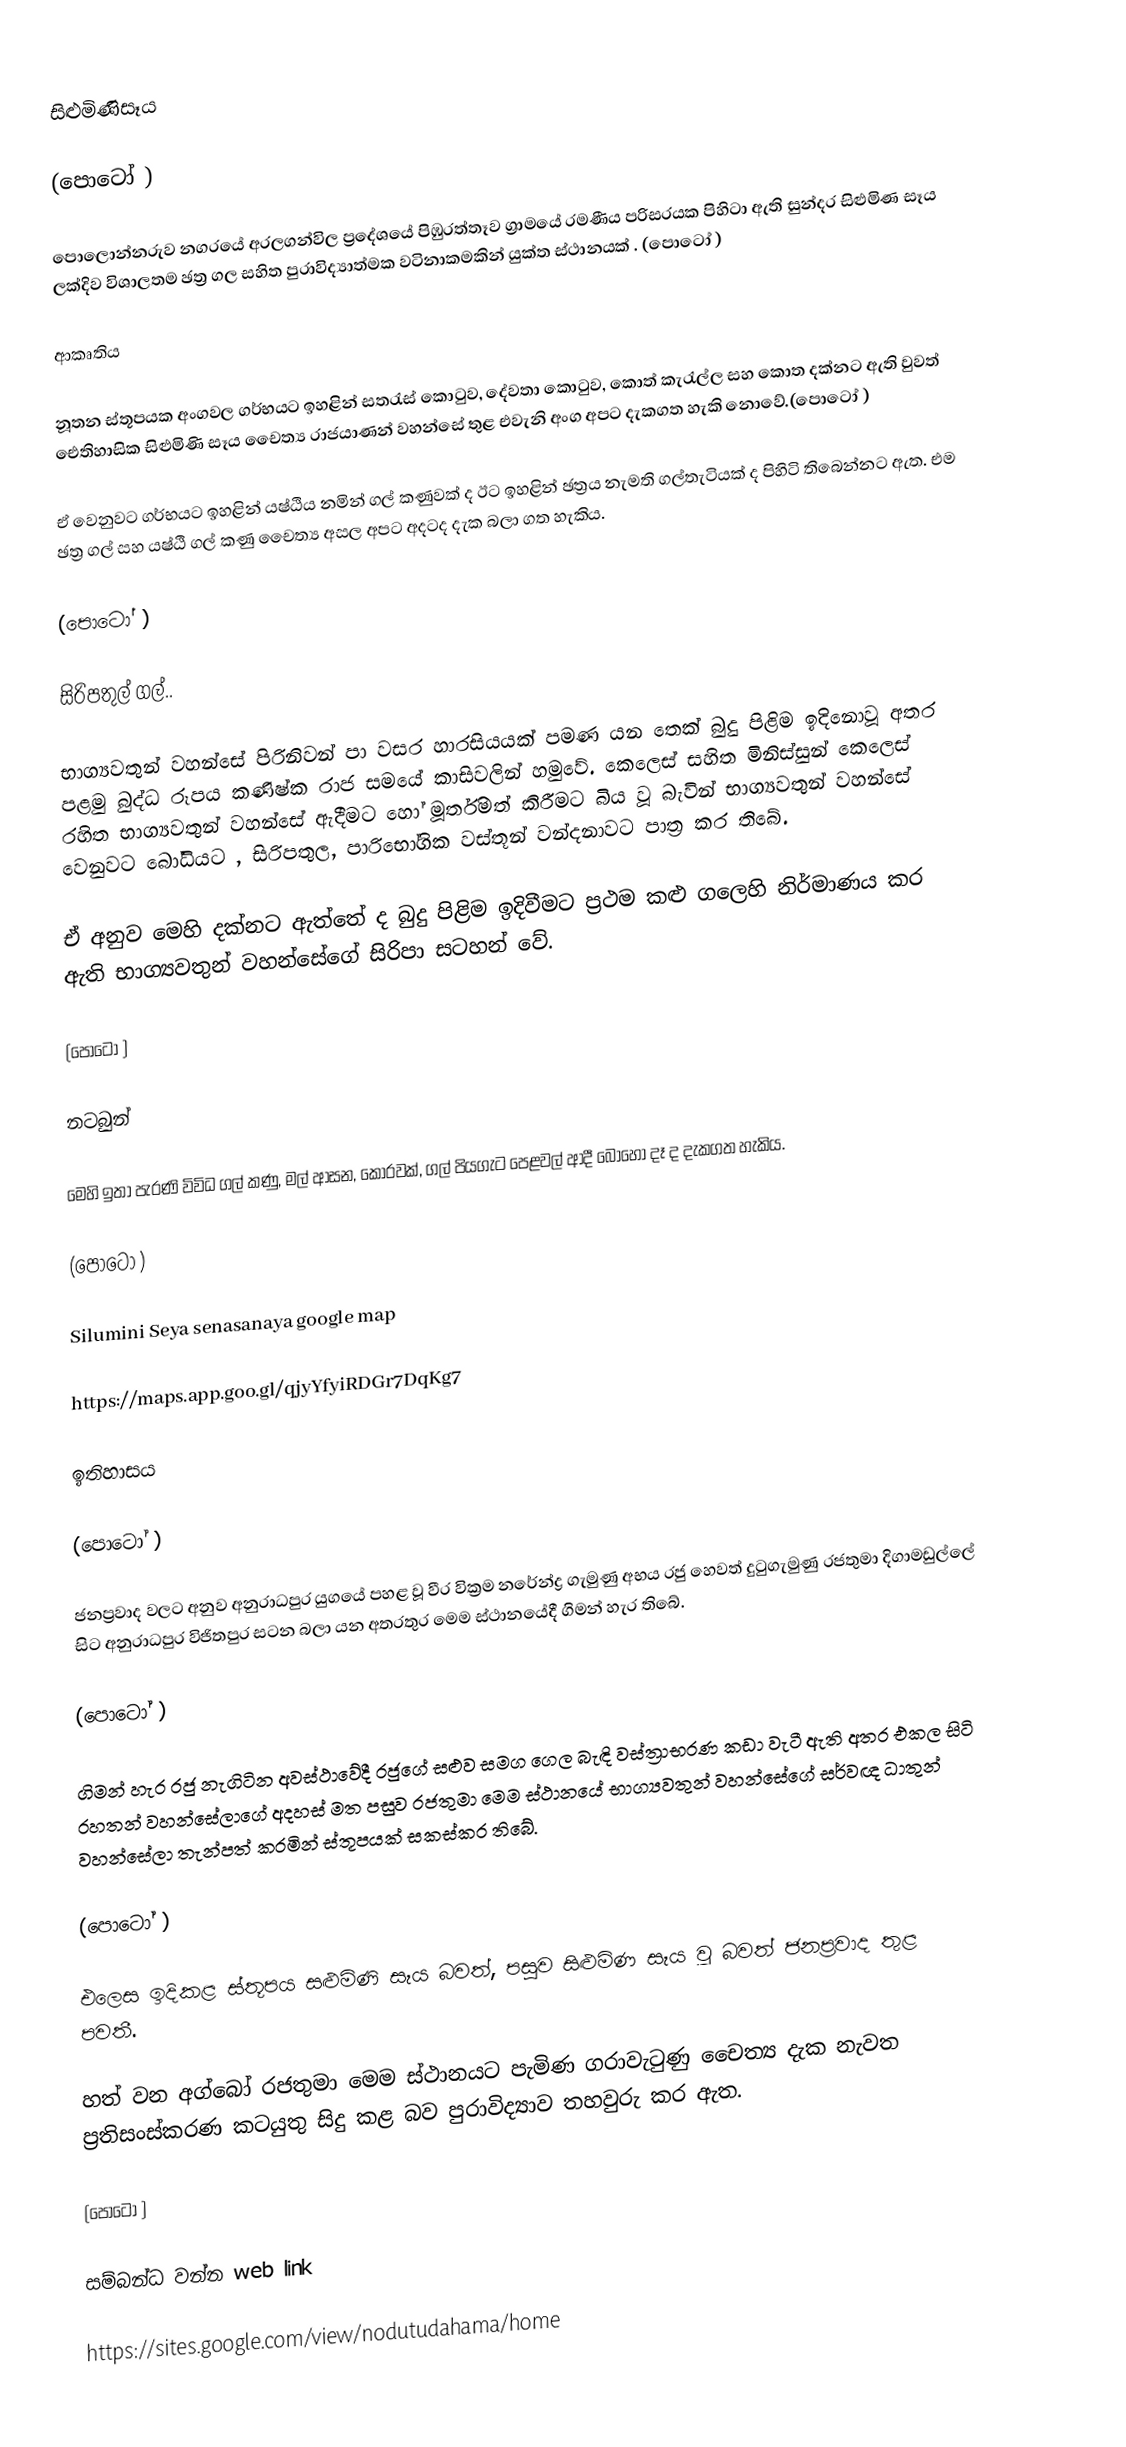
සිළුමිණිසෑය

(පොටෝ )

පොලොන්නරුව නගරයේ අරලගන්විල ප්‍රදේශයේ පිඹුරත්තෑව ග්‍රාමයේ රමණීය පරිසරයක පිහිටා ඇති සුන්දර සිළුමිණ සෑය ලක්දිව විශාලතම ඡත්‍ර ගල සහිත පුරාවිද්‍යාත්මක වටිනාකමකින් යුක්ත ස්ථානයක් . (පොටෝ )

ආකෘතිය

නූතන ස්තූපයක අංගවල ගර්භයට ඉහළින් සතරැස් කොටුව, දේවතා කොටුව, කොත් කැරැල්ල සහ කොත දක්නට ඇති වුවත් ඓතිහාසික සිළුමිණි සෑය චෛත්‍ය රාජයාණන් වහන්සේ තුළ එවැනි අංග අපට දැකගත හැකි නොවේ.(පොටෝ )

ඒ වෙනුවට ගර්භයට ඉහළින් යෂ්ඨිය නමින් ගල් කණුවක් ද ඊට ඉහළින් ඡත්‍රය නැමති ගල්තැටියක් ද පිහිටි තිබෙන්නට ඇත. එම  ඡත්‍ර ගල්  සහ යෂ්ඨි ගල් කණු චෛත්‍ය අසල අපට අදටද දැක බලා ගත හැකිය.

(පොටෝ )

සිරිපතුල් ගල්..

භාග්‍යවතුන් වහන්සේ පිරිනිවන් පා වසර හාරසියයක් පමණ යන තෙක්  බුදු පිළිම ඉදිනොවූ අතර පළමු බුද්ධ රූපය කණිෂ්ක රාජ සමයේ කාසිවලින් හමුවේ. කෙලෙස් සහිත මිනිස්සුන් කෙලෙස් රහිත භාග්‍යවතුන් වහන්සේ ඇදීමට හෝ මූර්තිමත් කිරීමට බිය වූ බැවින් භාග්‍යවතුන් වහන්සේ වෙනුවට බෝධියට , සිරිපතුල, පාරිභෝගික වස්තූන් වන්දනාවට පාත්‍ර කර තිබේ.

ඒ අනුව මෙහි දක්නට ඇත්තේ ද බුදු පිළිම ඉදිවීමට ප්‍රථම කළු ගලෙහි නිර්මාණය කර ඇති භාග්‍යවතුන් වහන්සේගේ සිරිපා සටහන් වේ.

(පොටෝ )

නටබුන්

මෙහි ඉතා පැරණි විවිධ ගල් කණු, මල් ආසන, කොරවක්, ගල් පියගැට පෙළවල් ආදී බොහෝ දෑ ද දැකගත හැකිය.

(පොටෝ )

Silumini Seya senasanaya google map

https://maps.app.goo.gl/qjyYfyiRDGr7DqKg7

ඉතිහාසය

(පොටෝ )

ජනප්‍රවාද වලට අනුව අනුරාධපුර යුගයේ පහළ වූ වීර වික්‍රම නරේන්ද්‍ර ගැමුණු අභය රජු හෙවත් දුටුගැමුණු රජතුමා දිගාමඩුල්ලේ සිට අනුරාධපුර විජිතපුර සටන බලා යන අතරතුර මෙම ස්ථානයේදී  ගිමන් හැර තිබේ.

(පොටෝ )

ගිමන් හැර රජු නැගිටින අවස්ථාවේදී රජුගේ සළුව සමග ගෙල බැඳි වස්ත්‍රාභරණ කඩා වැටී ඇති අතර එකල සිටි රහතන් වහන්සේලාගේ අදහස් මත පසුව රජතුමා මෙම ස්ථානයේ භාග්‍යවතුන් වහන්සේගේ සර්වඥ ධාතුන් වහන්සේලා තැන්පත් කරමින් ස්තූපයක් සකස්කර තිබේ.

(පොටෝ )

එලෙස ඉදිකළ ස්තූපය සළුමිණි සෑය බවත්, පසුව සිළුමිණ සෑය වූ බවත් ජනප්‍රවාද තුළ පවතී.

හත් වන අග්බෝ රජතුමා මෙම ස්ථානයට පැමිණ ගරාවැටුණු චෛත්‍ය දැක නැවත ප්‍රතිසංස්කරණ කටයුතු සිදු කළ බව පුරාවිද්‍යාව තහවුරු කර ඇත.

(පොටෝ )

සම්බන්ධ වන්න web link

https://sites.google.com/view/nodutudahama/home